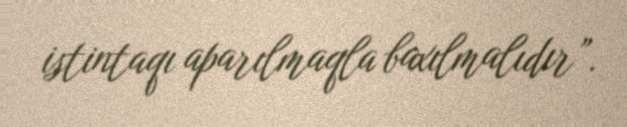
istintaqı aparılmaqla baxılmalıdır”.